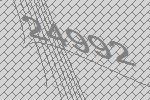
24992